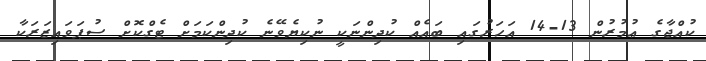
ކުއްޖާގެ ޢުމުރުން 13-14 އަހަރުގައި ބައެއް ކުދިންނަކީ ނުކިޔެވޭނެ ކުދިންކަމަށް ޓެގްކޮށް ސުޕަވައިޒަރަކާ